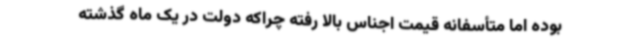
بوده اما متأسفانه قیمت اجناس بالا رفته چراکه دولت در یک ماه گذشته